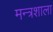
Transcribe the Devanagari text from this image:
मन्त्रशाला